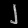
Digit: ၂